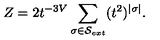
Z = 2 t ^ { - 3 V } \sum _ { \sigma \in { \cal S } _ { e x t } } ( t ^ { 2 } ) ^ { | \sigma | } .